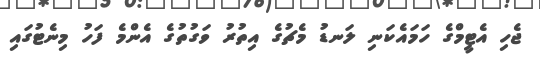
ޖެހި އެޓީމްގެ ހަމައެކަނި ލަނޑު މެޗުގެ އިތުރު ވަގުތުގެ އެންމެ ފަހު މިނެޓުގައި